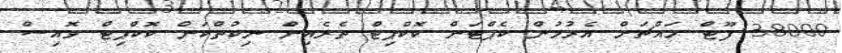
38000 ފޫޓް މައްޗަށް އެރުމުން ކެޕްޓަން ކޮކްޕިޓް ތެރެއިން ނިކުތްކަން ކޮޮކްޕިޓް ވޮއިސް